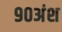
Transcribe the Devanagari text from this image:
९०अंश